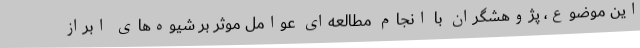
این موضوع، پژوهشگران با انجام مطالعه‌ای عوامل موثر بر شیوه‌های ابراز